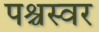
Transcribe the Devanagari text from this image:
पश्चस्वर